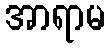
အာရာမ